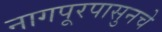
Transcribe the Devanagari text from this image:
नागपूरपासुनचे